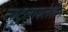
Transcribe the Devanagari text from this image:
न्युट्रलायलेशन